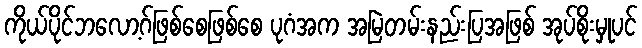
ကိုယ်ပိုင်ဘလော့ဂ်ဖြစ်စေဖြစ်စေ ပုဂံအက အမြဲတမ်းနည်းပြအဖြစ် အုပ်စိုးမှုပင်